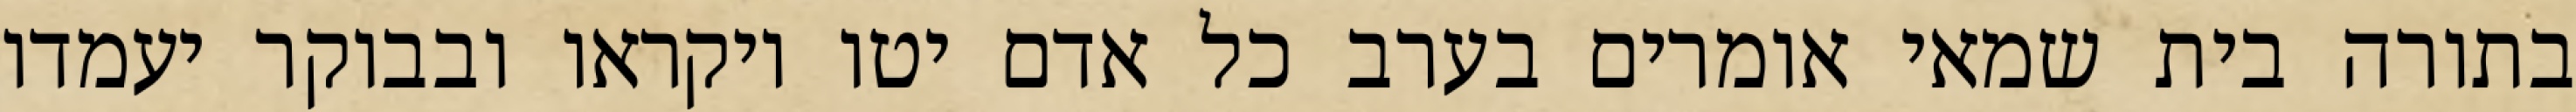
בתורה בית שמאי אומרים בערב כל אדם יטו ויקראו ובבוקר יעמדו